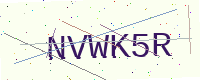
Text: NVWK5R